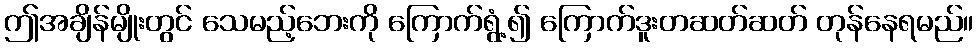
ဤအချိန်မျိုးတွင် သေမည့်ဘေးကို ကြောက်ရွံ့၍ ကြောက်ဒူးတဆတ်ဆတ် တုန်နေရမည်။